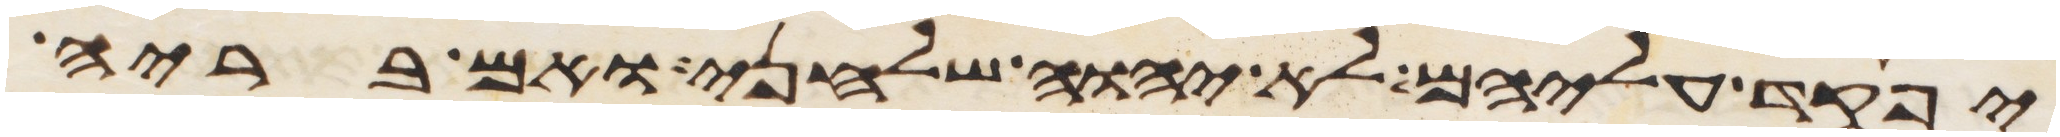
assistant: יפקד עליהם לא יהוה שלחני ואם בריה